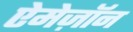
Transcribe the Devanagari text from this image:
ऐमेज़ॉन